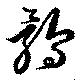
鶻